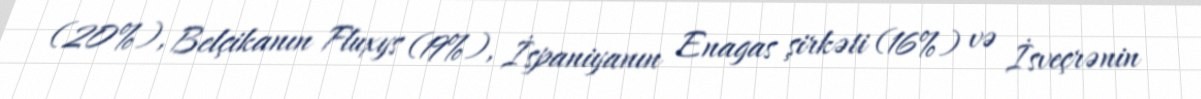
(20%), Belçikanın Fluxys (19%), İspaniyanın Enagas şirkəti (16%) və İsveçrənin